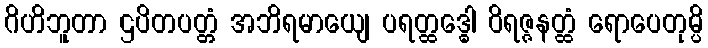
ဂိဟိဘူတာ ဌပိတပတ္တံ အဘိရမာယျေ ပရတ္ထဒ္ဓေါ ဝိရဇ္ဇနတ္ထံ ရောပေတုမ္ပိ